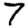
Digit: 7